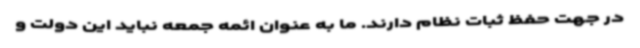
در جهت حفظ ثبات نظام دارند. ما به عنوان ائمه جمعه نباید این دولت و